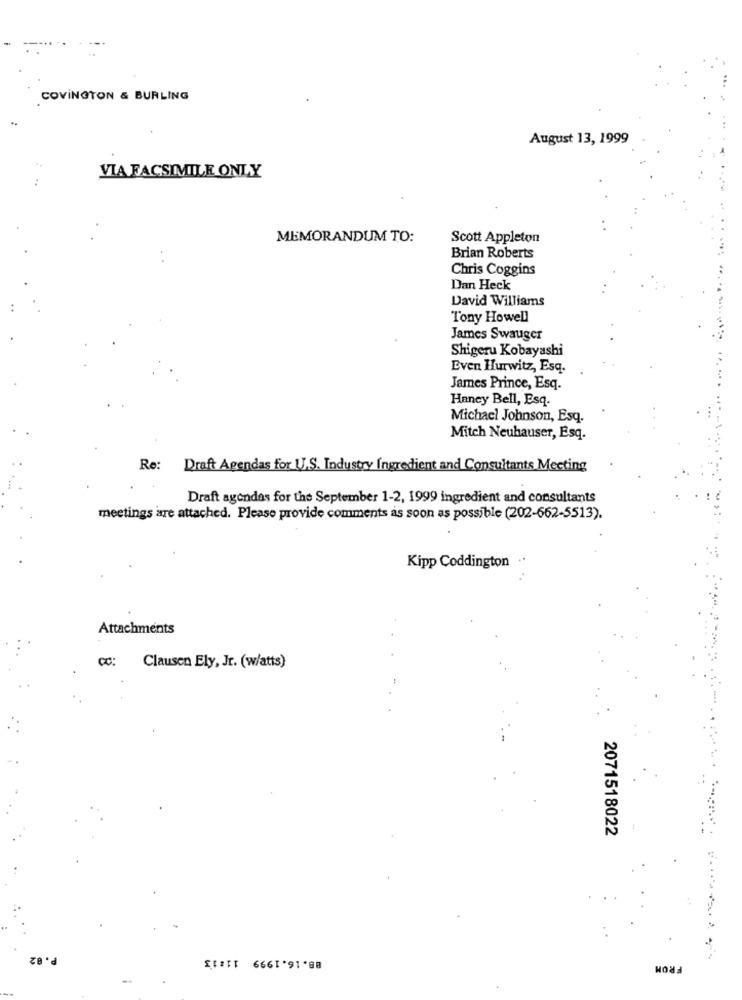
COVINGTON & BURLING
August 13, 1999
VIA FACSIMILE ONLY
MEMORANDUM TO:
Scott Appleton
Brian Roberts
Chris Coggins
Dan Heck
David Williams
Tony Howell
James Swauger
Shigeru Kobayashi
Even Hurwitz, Esq.
James Prince, Esq.
Haney Bell, Esq.
Michael Johnson, Esq.
Mitch Neuhauser, Esq.
Re: Draft Agendas for U.S. Industry Ingredient and Consultants Mecting
Draft agendas for the September 1-2, 1999 ingredient and consultants
meetings are attached. Please provide comments as soon as possible (202-662-5513).
Kipp Coddington .
Attachments
CC: Clausen Ely, Jr. (w/atts)
2071518022
88.16.1999 11:13
FROM